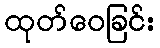
ထုတ်ဝေခြင်း